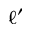
\ell ^ { \prime }